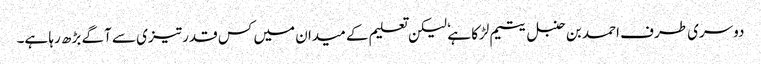
دوسری طرف احمد بن حنبل یتیم لڑکا ہے ٗ لیکن تعلیم کے میدان میں کس قدر تیزی سے آگے بڑھ رہا ہے۔